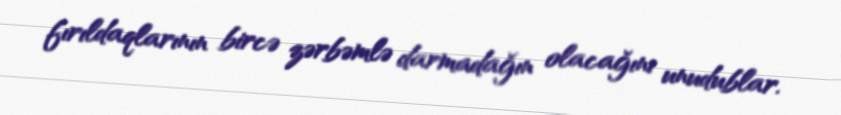
fırıldaqlarının bircə zərbəmlə darmadağın olacağını unudublar.